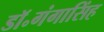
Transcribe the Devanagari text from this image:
डॉ॰गंगासिंह